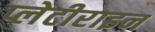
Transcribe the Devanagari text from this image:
प्लेटीराइन